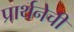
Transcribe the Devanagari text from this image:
प्रार्थनेची